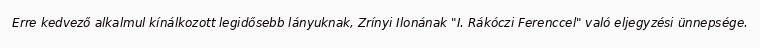
Erre kedvező alkalmul kínálkozott legidősebb lányuknak, Zrínyi Ilonának "I. Rákóczi Ferenccel" való eljegyzési ünnepsége.